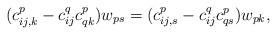
LaTeX: \begin{align*}(c_{ij,k}^{p}-c_{ij}^{q}c_{qk}^{p})w_{ps}=(c_{ij,s}^{p}-c_{ij}^{q}c_{qs}^{p})w_{pk},\end{align*}